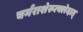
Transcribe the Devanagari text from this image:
चर्मराशेरूत्क्लेदात्